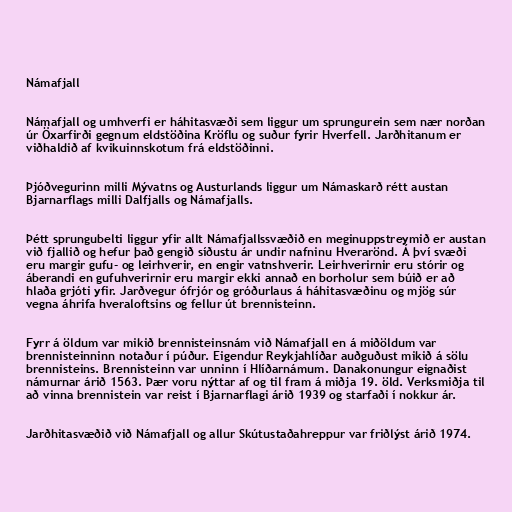
Námafjall

Námafjall og umhverfi er háhitasvæði sem liggur um sprungurein sem nær norðan
úr Öxarfirði gegnum eldstöðina Kröflu og suður fyrir Hverfell. Jarðhitanum er
viðhaldið af kvikuinnskotum frá eldstöðinni.

Þjóðvegurinn milli Mývatns og Austurlands liggur um Námaskarð rétt austan
Bjarnarflags milli Dalfjalls og Námafjalls.

Þétt sprungubelti liggur yfir allt Námafjallssvæðið en meginuppstreymið er austan
við fjallið og hefur það gengið síðustu ár undir nafninu Hverarönd. Á því svæði
eru margir gufu- og leirhverir, en engir vatnshverir. Leirhverirnir eru stórir og
áberandi en gufuhverirnir eru margir ekki annað en borholur sem búið er að
hlaða grjóti yfir. Jarðvegur ófrjór og gróðurlaus á háhitasvæðinu og mjög súr
vegna áhrifa hveraloftsins og fellur út brennisteinn.

Fyrr á öldum var mikið brennisteinsnám við Námafjall en á miðöldum var
brennisteinninn notaður í púður. Eigendur Reykjahlíðar auðguðust mikið á sölu
brennisteins. Brennisteinn var unninn í Hlíðarnámum. Danakonungur eignaðist
námurnar árið 1563. Þær voru nýttar af og til fram á miðja 19. öld. Verksmiðja til
að vinna brennistein var reist í Bjarnarflagi árið 1939 og starfaði í nokkur ár.

Jarðhitasvæðið við Námafjall og allur Skútustaðahreppur var friðlýst árið 1974.